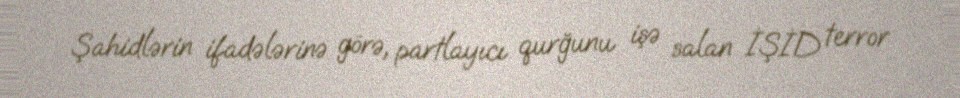
Şahidlərin ifadələrinə görə, partlayıcı qurğunu işə salan İŞİD terror